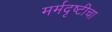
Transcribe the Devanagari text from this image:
मर्मदृष्टीचा